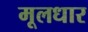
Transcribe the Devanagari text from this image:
मूलधार